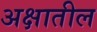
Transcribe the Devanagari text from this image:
अक्षातील